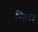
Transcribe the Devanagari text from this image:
भिक्षाव्रत